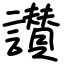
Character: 讃